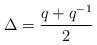
\begin{align*}\Delta = \frac{q + q^{-1}}{2}\end{align*}